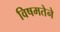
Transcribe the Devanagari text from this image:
विषमतेने